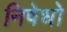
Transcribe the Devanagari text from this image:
निषेधो